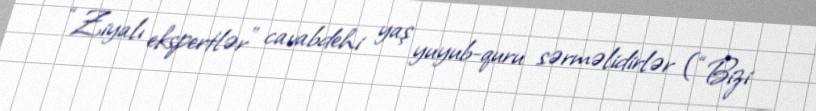
“Ziyalı ekspertlər” cavabdehi yaş yuyub-quru sərməlidirlər (“Bizi